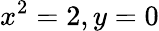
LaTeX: x^{2}=2,y=0